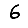
Digit: 6